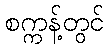
စက္ကန့်တွင်